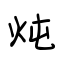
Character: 炖